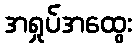
အရှုပ်အထွေး